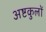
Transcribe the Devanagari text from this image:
अष्टकुलों